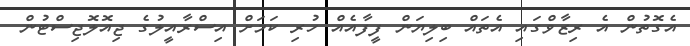
އެގޮތުން އެ ރިޒާވްގައި އެތައް ބިލިޔަން ފީފާއެއް ހުރި ކަމަށް އިސްރާއީލުގެ ޖިއޮލޮޖިސްޓުން